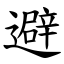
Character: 避